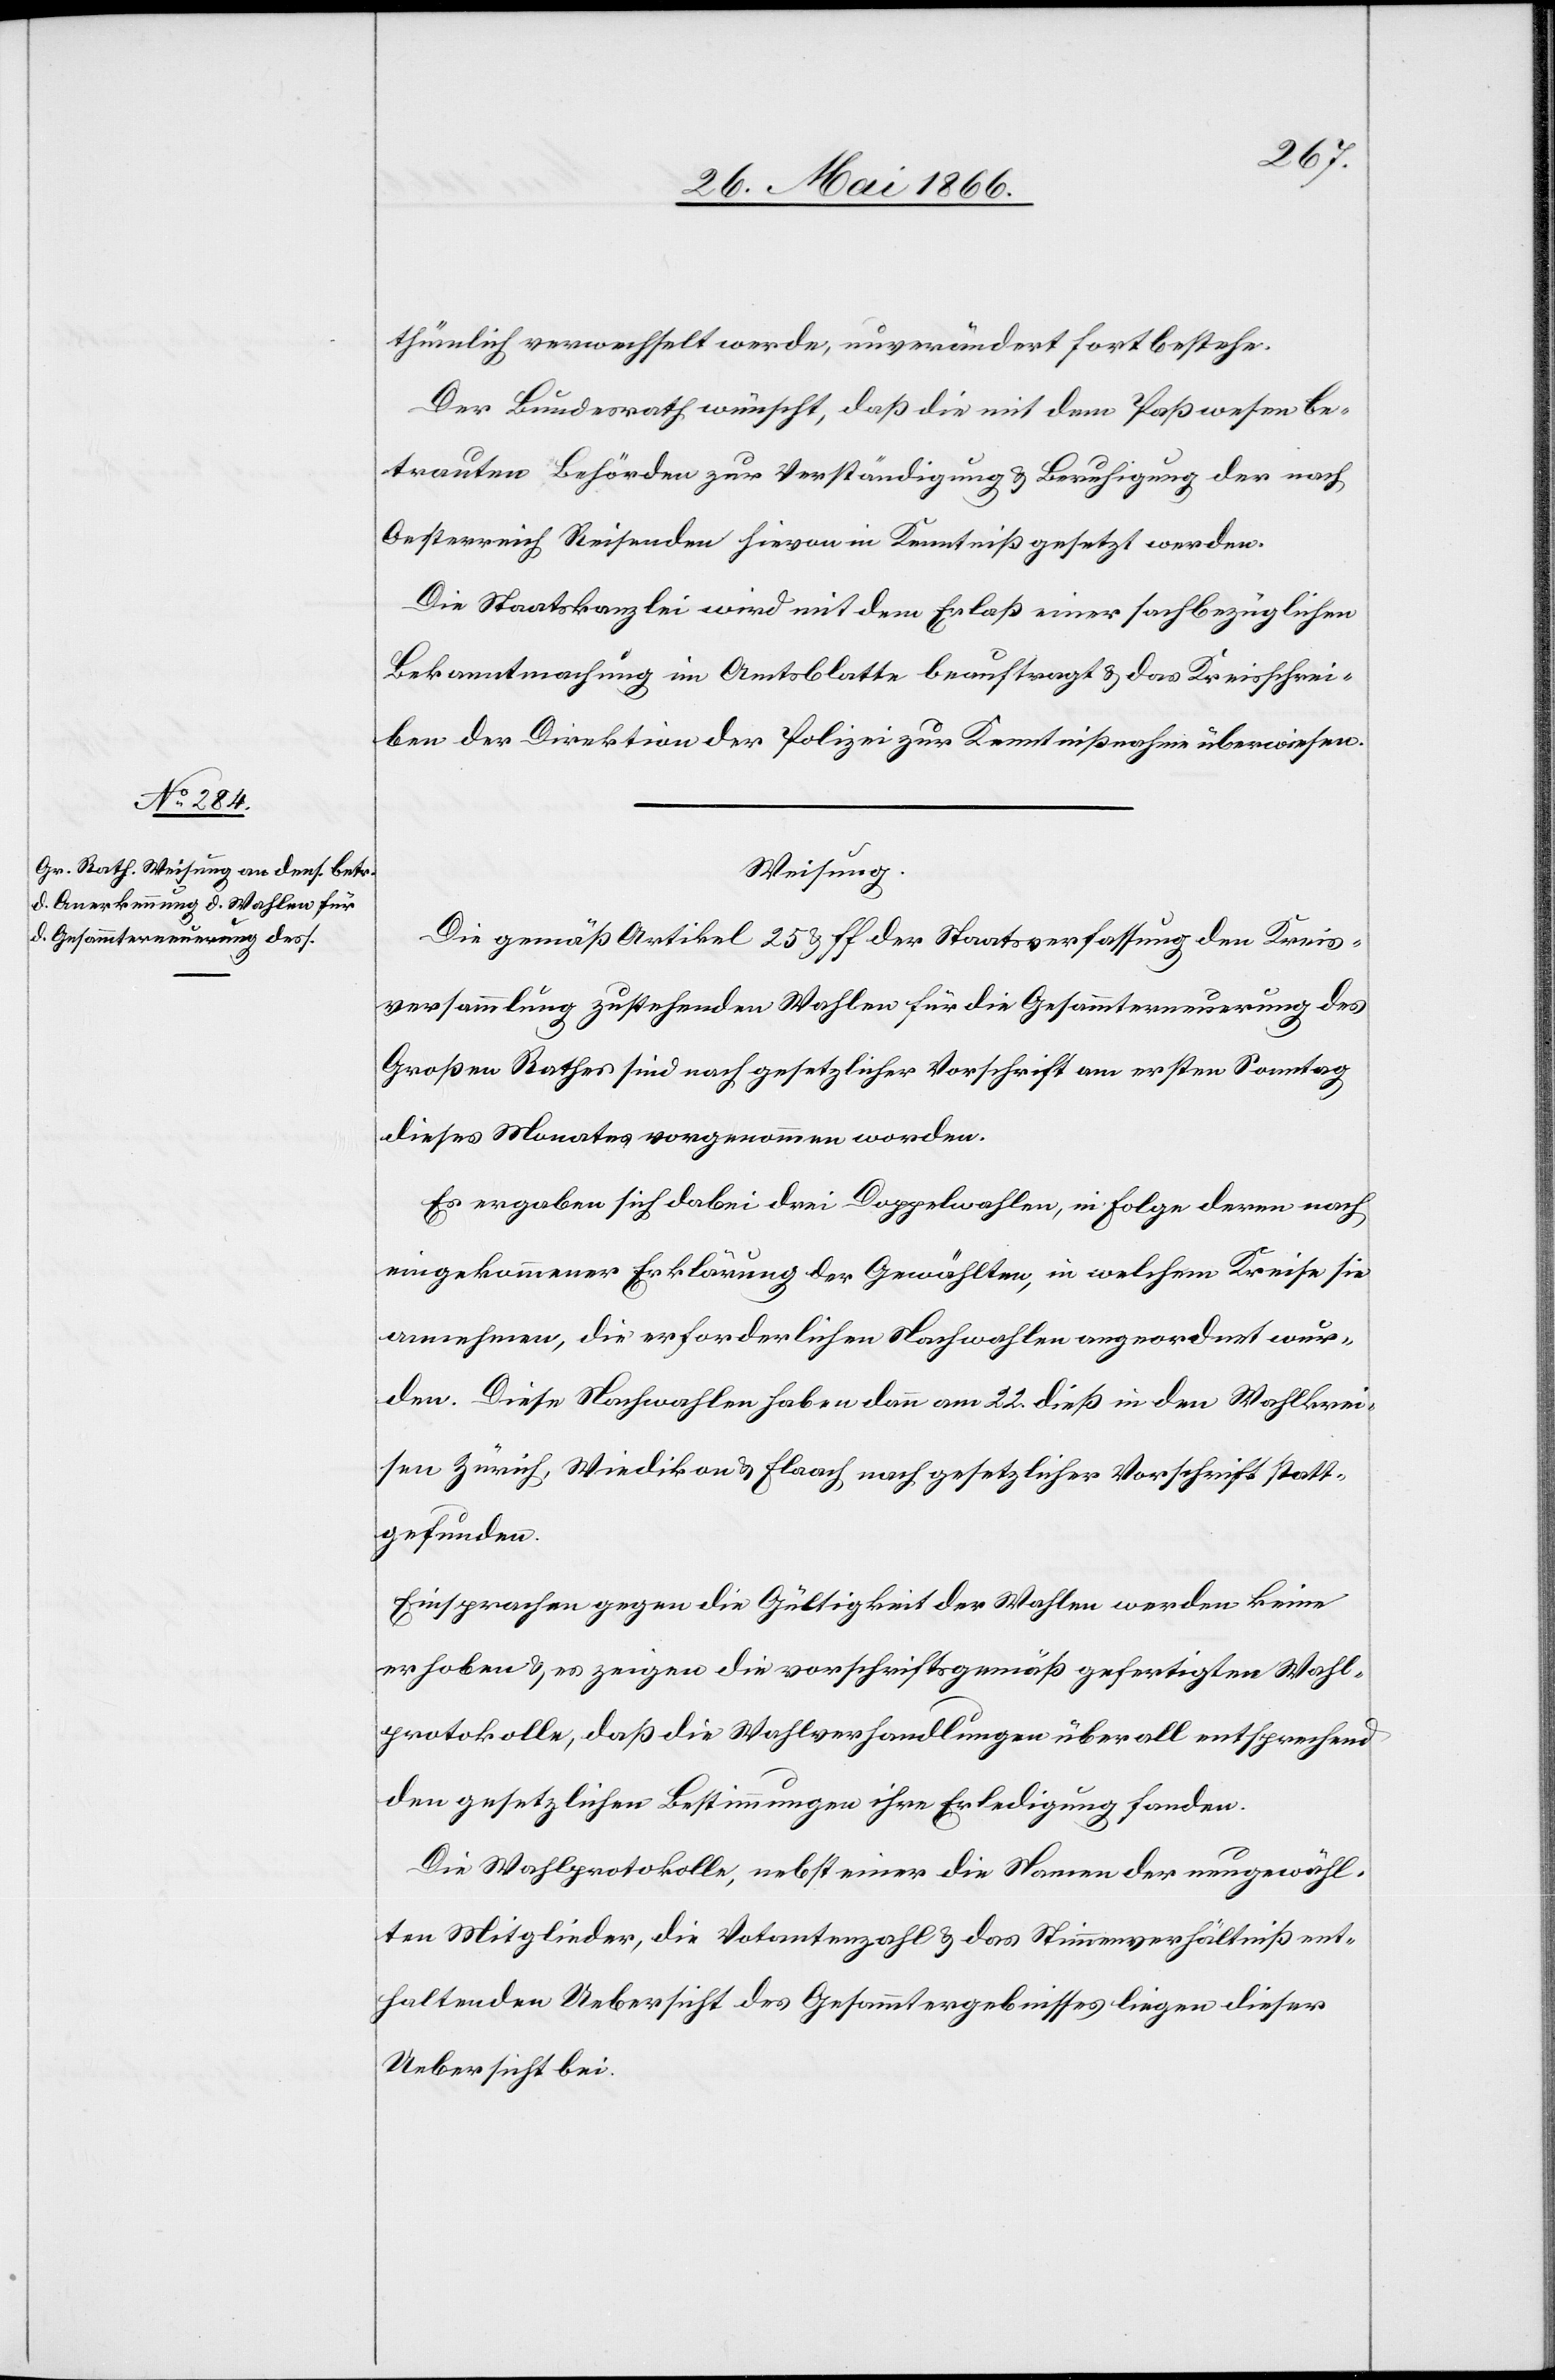
thümlich verwechselt werde, unverändert forstbestehe.
Der Bundesrath wünscht, daß die mit dem Paßwesen be¬
trauten Behörden zur Verständigung u. Beruhigung der nach
Oesterreich Reisenden hievon in Kenntniß gesetzt werden.
Die Staatskanzlei wird mit dem Erlaß einer sachbezüglichen
Bekanntmachung im Amtsblatt beauftragt u. das Kreisschrei¬
ben der Direktion der Polizei zur Kenntnißnahme überwiesen.
Weisung.
Die gemäß Artikel 25 u. ff der Staatsverfassung den Kreis¬
versammlung[en] zustehenden Wahlen für die Gesammterneuerung des
Großen Rathes sind nach gesetzlicher Vorschrift am ersten Samstag
dieses Monates vorgenommen worden.
Es ergaben sich dabei drei Doppelwahlen, in Folge deren nach
eingekommener Erklärung der Gewählten, in welchem Kreise sie
annehmen, die erforderlichen Nachwahlen angeordnet wur¬
den. Diese Nachwahlen haben dann am 22. dieß in den Wahlkrei¬
sen Zürich, Wiedikon u. Flaach nach gesetzlicher Vorschrift statt¬
gefunden.
Einsprachen gegen die Gültigkeit der Wahlen werden keine
erhoben u. es zeigen die vorschriftsgemäß gefertigten Wahl¬
protokolle, daß die Wahlverhandlungen überall entsprechend
den gesetzlichen Bestimmungen ihre Erledigung fanden.
Die Wahlprotokolle, nebst einer die Namen der neugewähl¬
ten Mitglieder, die Votantenzahl u. das Stimmverhältniß ent¬
haltenden Uebersicht des Gesammtergebnisses liegen dieser
Uebersicht bei.